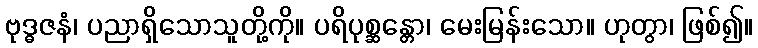
ဗုဒ္ဓဇနံ၊ ပညာရှိသောသူတို့ကို။ ပရိပုစ္ဆန္တော၊ မေးမြန်းသော။ ဟုတွာ၊ ဖြစ်၍။